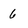
Character: 6